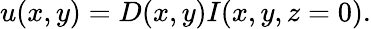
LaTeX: u(x,y)=D(x,y)I(x,y,z=0).